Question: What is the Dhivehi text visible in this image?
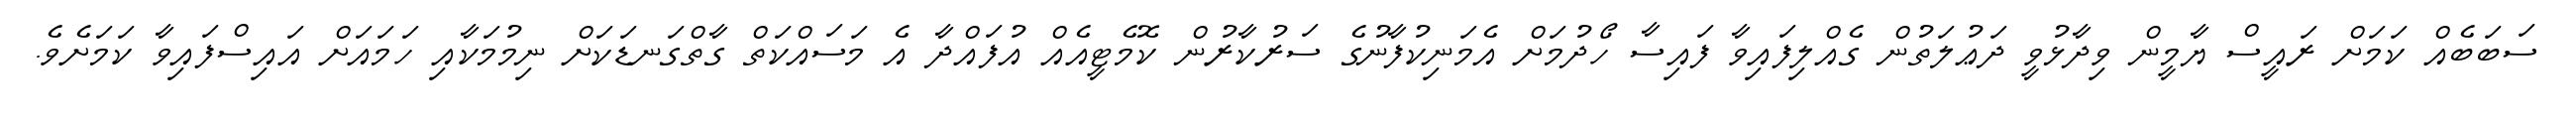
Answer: ސަބަބެއް ކަމަށް ރައީސް ޔާމީން ވިދާޅުވީ ދަޢުލަތުން ގެއްލިފައިވާ ފައިސާ ހޯދުމަށް އެމަނިކުފާނުގެ ސަރުކާރުން ކޮމެޓީއެއް އުފައްދާ އެ މަސައްކަތް ގާތްގަނޑަކަށް ނިމުމަކާއި ހަމައަށް އައިސްފައިވާ ކަމަށެވެ.